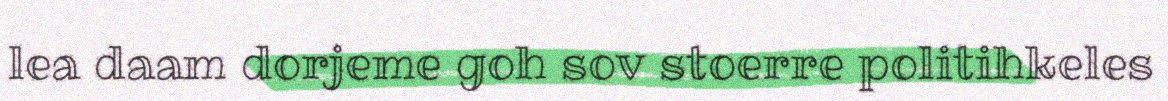
lea daam dorjeme goh sov stoerre politihkeles